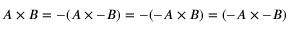
A \times B = - ( A \times - B ) = - ( - A \times B ) = ( - A \times - B )